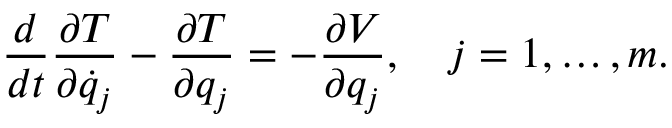
{ \frac { d } { d t } } { \frac { \partial T } { \partial { \dot { q } } _ { j } } } - { \frac { \partial T } { \partial q _ { j } } } = - { \frac { \partial V } { \partial q _ { j } } } , \quad j = 1 , \ldots , m .